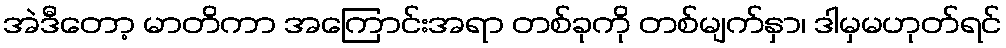
အဲဒီတော့ မာတိကာ အကြောင်းအရာ တစ်ခုကို တစ်မျက်နှာ၊ ဒါမှမဟုတ်ရင်